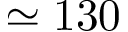
\simeq 1 3 0